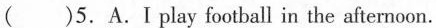
( )5.A.Ⅰ play football in the afternoon.